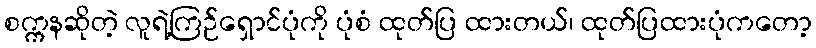
စက္ကနဆိုတဲ့ လူရဲ့ကြဉ်ရှောင်ပုံကို ပုံစံ ထုတ်ပြ ထားတယ်၊ ထုတ်ပြထားပုံကတော့